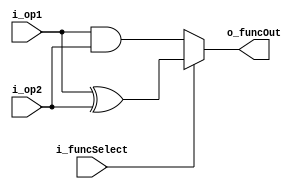
module and_xor
(
	input i_op1, //input for 
	input i_op2,
	input i_funcSelect,
	output o_funcOut
);

reg funcOutput; //register for defined for operation in always block

// assign o_funcOut = i_funcSelect ? (i_op1 ^ i_op2):(i_op1 & i_op2); 

always @(i_op1, i_op2, i_funcSelect) //always block sensivity list. Why all inputs are written and why no posedge negedge ?
begin
	if (i_funcSelect == 1'b0)
		funcOutput <= i_op1 & i_op2; //and operation
	else
		funcOutput <= i_op1 ^ i_op2; //exor operation
end

assign o_funcOut = funcOutput; //register to output

endmodule